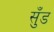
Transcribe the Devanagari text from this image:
सुँड